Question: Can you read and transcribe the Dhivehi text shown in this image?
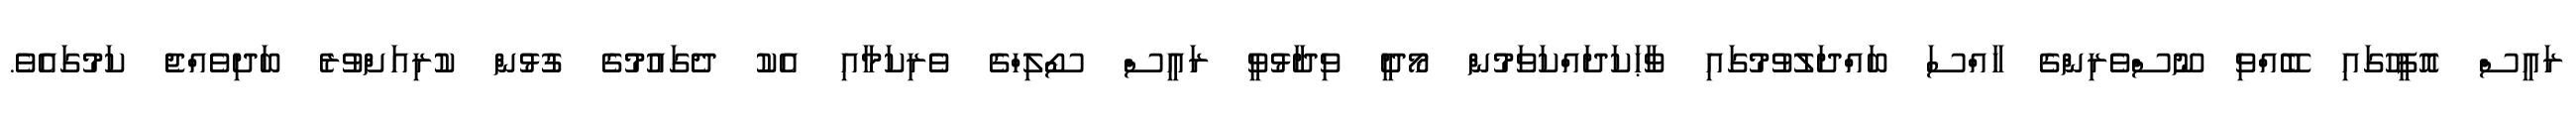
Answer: ރައީސް އޮފީހުގައި ބޭއްވި ނޫސްވެރިންގެ ހާއްސަ ބައްދަލުވުމުގައި ވާޙަކަދައްކަވަމުން މޯދީ ވިދާޅުވީ ރައީސް ސޯލިހްގެ ވެރިކަމާއި އެކު ދެގައުމުގެ ގުޅުން ކުރިއަށްވުރެ ބަދިވެއްޖެ ކަމުގައެވެ.